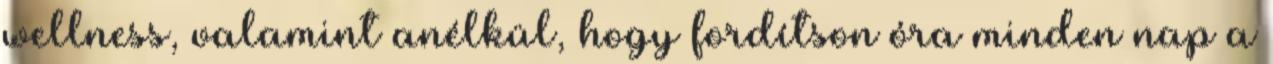
wellness, valamint anélkül, hogy fordítson óra minden nap a